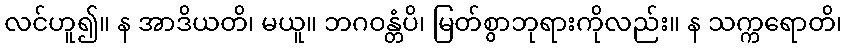
လင်ဟူ၍။ န အာဒိယတိ၊ မယူ။ ဘဂဝန္တံပိ၊ မြတ်စွာဘုရားကိုလည်း။ န သက္ကရောတိ၊